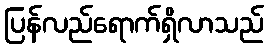
ပြန်လည်ရောက်ရှိလာသည်